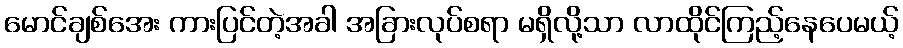
မောင်ချစ်အေး ကားပြင်တဲ့အခါ အခြားလုပ်စရာ မရှိလို့သာ လာထိုင်ကြည့်နေပေမယ့်